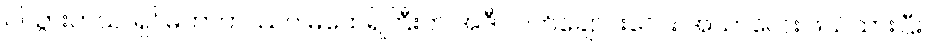
ပါသွားတယ်၊ ရှင်မဟာကဿပ မထေရ်ကြီးက အဲဒီ လက်ချောင်းလေး အသာလေး ဖယ်ထားပြီး